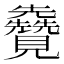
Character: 𫌦